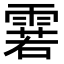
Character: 𮦝